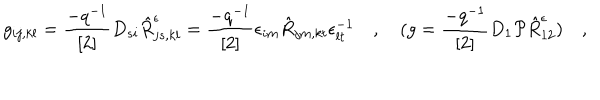
g _ { i j , k l } = \frac { - q ^ { - 1 } } { \left[ 2 \right] } D _ { s i } \hat { R } _ { j s , k l } ^ { \epsilon } = \frac { - q ^ { - 1 } } { \left[ 2 \right] } \epsilon _ { i m } \hat { R } _ { j m , k t } \epsilon _ { l t } ^ { - 1 } \quad , \quad ( g = \frac { - q ^ { - 1 } } { \left[ 2 \right] } D _ { 1 } { \cal P } \hat { R } _ { 1 2 } ^ { \epsilon } ) \quad ,